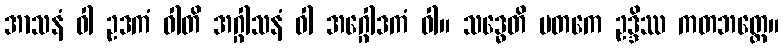
အာသနံ ဝါ ဥဒကံ ဝါတိ အဂ္ဂါသနံ ဝါ အဂ္ဂေါဒကံ ဝါ။ သဒ္ဓေတိ မတကေ ဥဒ္ဒိဿ ကတဘတ္တေ။